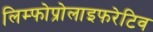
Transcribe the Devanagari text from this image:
लिम्फोप्रोलाइफरेटिव